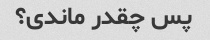
پس چقدر ماندی؟